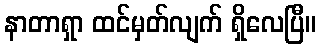
နာတာရှာ ထင်မှတ်လျက် ရှိလေပြီ။